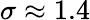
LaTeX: \sigma\approx 1.4